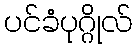
ပင်ခံပုဂ္ဂိုလ်